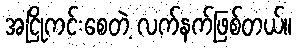
အငြိုကင်းစေတဲ့ လက်နက်ဖြစ်တယ်။